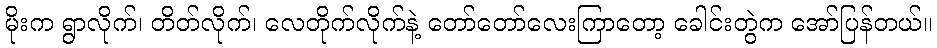
မိုးက ရွာလိုက်၊ တိတ်လိုက်၊ လေတိုက်လိုက်နဲ့ တော်တော်လေးကြာတော့ ခေါင်းတွဲက အော်ပြန်တယ်။